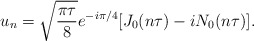
\begin{align*}u_n = \sqrt{\frac{\pi \tau}{8}} e^{-i\pi/4} [J_0(n\tau) - iN_0(n\tau)].\end{align*}